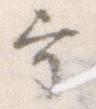
重